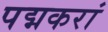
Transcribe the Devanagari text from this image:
पद्मकरां